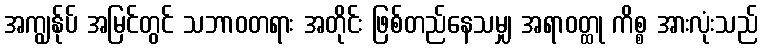
အကျွန်ုပ် အမြင်တွင် သဘာဝတရား အတိုင်း ဖြစ်တည်နေသမျှ အရာဝတ္ထု ကိစ္စ အားလုံးသည်